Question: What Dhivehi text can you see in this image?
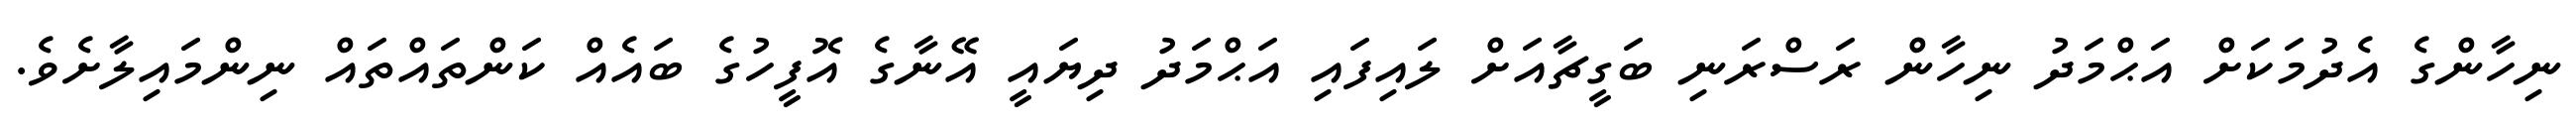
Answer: ނިހާންގެ އެދުމަކަށް އަޙްމަދު ނިހާން ރަސްރަނި ބަގީޗާއަށް ލައިފައި އަޙްމަދު ދިޔައީ އޭނާގެ އޮފީހުގެ ބައެއް ކަންތައްތައް ނިންމައިލާށެވެ.